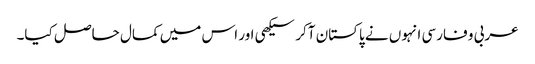
عربی و فارسی انہوں نے پاکستان آکر سیکھی اور اس میں کمال حاصل کیا۔